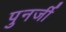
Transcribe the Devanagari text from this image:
पुनर्जी